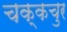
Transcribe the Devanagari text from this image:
चक्कचुर